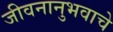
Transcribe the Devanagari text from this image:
जीवनानुभवाचे